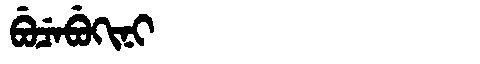
Manchu: ᠪᡠᠴᡝᠪᡠᡴᡳᠨᡳ
Romanization: BUCEBUKINI